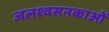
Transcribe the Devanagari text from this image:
जलश्वसनकाओं